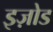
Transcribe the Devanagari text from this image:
इज़ोड